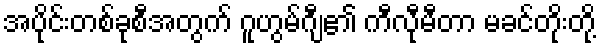
အပိုင်းတစ်ခုစီအတွက် ဂူဟွမ်ဂျီ၏ ကီလီုမီတာ မခင်တိုးတို့